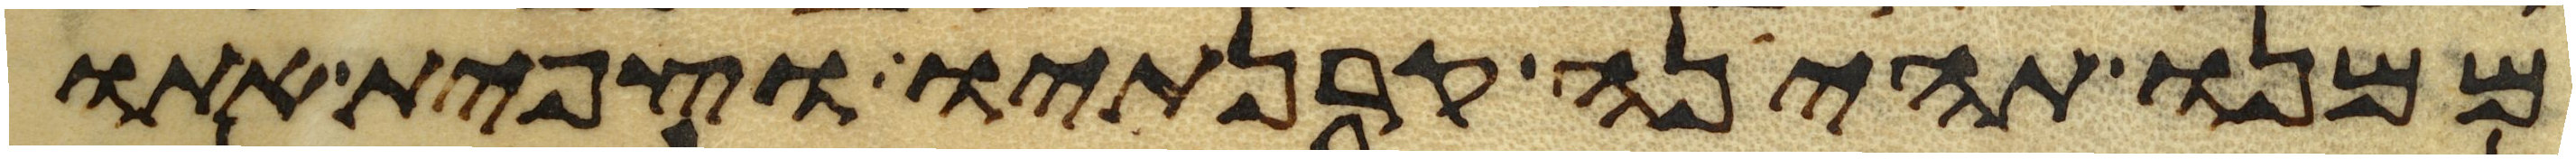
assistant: ממנו תהינה קרנתיו וצפית אתו